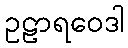
ဥဠာရဝေဒါ